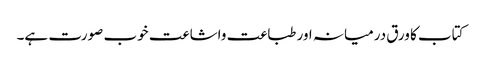
کتاب کا ورق درمیانہ اور طباعت واشاعت خوب صورت ہے۔